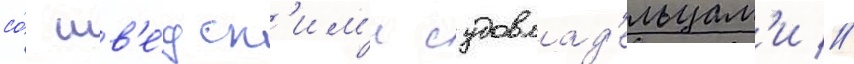
со́ шв'е́дск'им'и судовлад'ельцам'и //